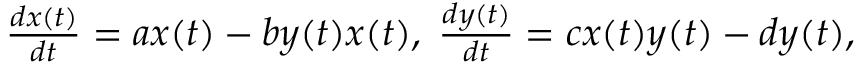
\begin{array} { l } { \frac { d x ( t ) } { d t } = a x ( t ) - b y ( t ) x ( t ) , \; \frac { d y ( t ) } { d t } = c x ( t ) y ( t ) - d y ( t ) , } \end{array}